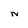
Character: N